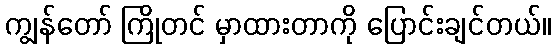
ကျွန်တော် ကြိုတင် မှာထားတာကို ပြောင်းချင်တယ်။